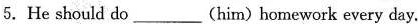
5.He should do ___(him) homework every day.